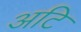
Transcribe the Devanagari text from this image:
अटि